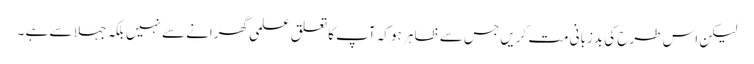
لیکن اس طرح کی بدزبانی مت کریں جس سے ظاہر ہو کہ آپ کا تعلق علمی گھرانے سے نہیں بلکہ جہلا سے ہے ۔